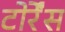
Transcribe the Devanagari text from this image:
टोर्रेंस